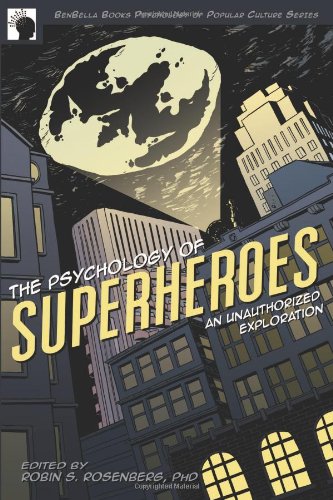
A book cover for The Psychology of Superheroes: An Unauthorized Exploration (Psychology of Popular Culture); Medical Books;